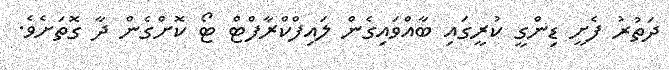
ދަތުރު ފެށީ ޑިންގީ ކުރީގައި ބާއްވައިގެން ލައިފްކްރާފްޓް ޓޯ ކޮށްގެން ދާ ގޮތަށެވެ.